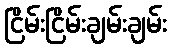
ငြိမ်းငြိမ်းချမ်းချမ်း